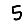
Digit: 5